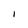
Character: I